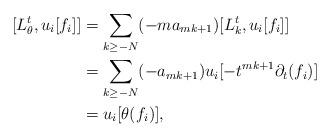
LaTeX: \begin{align*}[L^t_\theta, u_i[ f_i] ] &=\sum_{k\geq -N} (-m a_{mk+1}) [L^t_k, u_i[ f_i] ]\\ &=\sum_{k\geq -N} (- a_{mk+1}) u_i[- t^{mk+1}\partial_t (f_i) ] \\ &=u_i[\theta(f_i)],\end{align*}